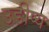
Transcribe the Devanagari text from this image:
उडीष्य